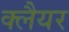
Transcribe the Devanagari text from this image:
क्लैयर